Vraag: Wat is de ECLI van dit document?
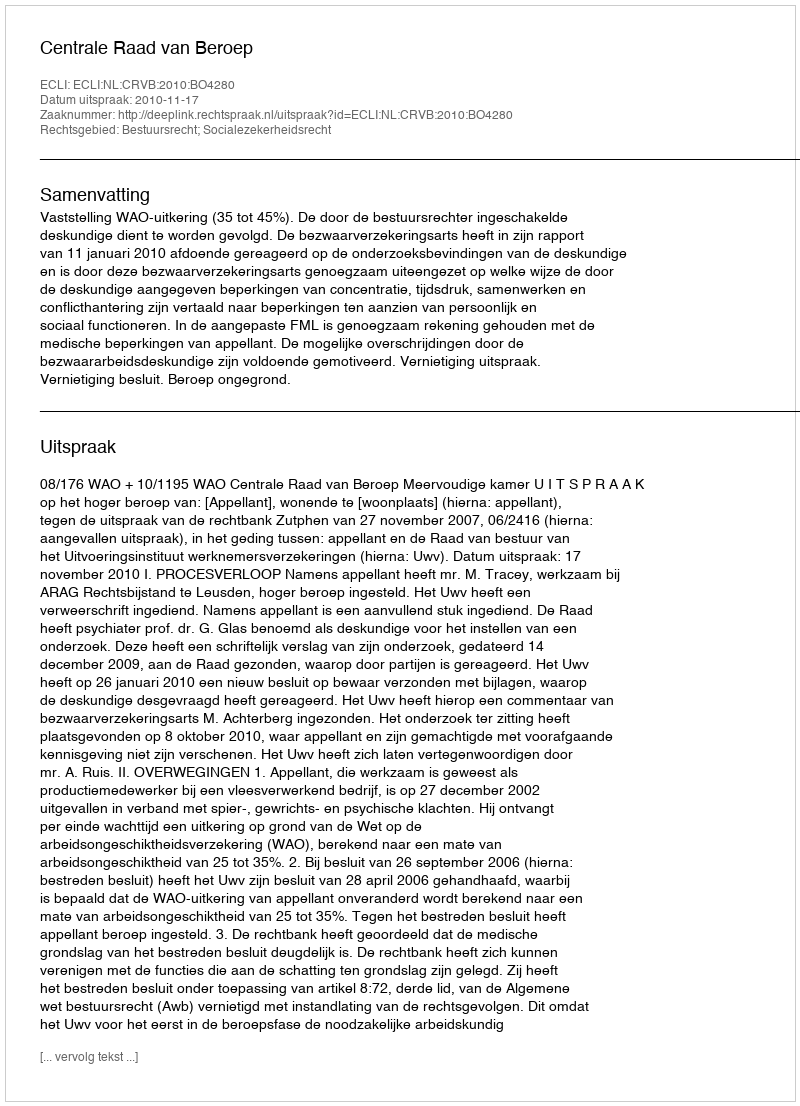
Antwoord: ECLI:NL:CRVB:2010:BO4280